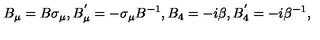
B _ { \mu } = B \sigma _ { \mu } , B _ { \mu } ^ { ' } = - \sigma _ { \mu } B ^ { - 1 } , B _ { 4 } = - i \beta , B _ { 4 } ^ { ' } = - i \beta ^ { - 1 } ,